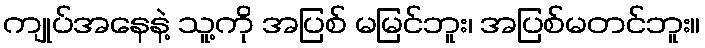
ကျုပ်အနေနဲ့ သူ့ကို အပြစ် မမြင်ဘူး၊ အပြစ်မတင်ဘူး။